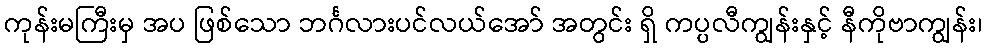
ကုန်းမကြီးမှ အပ ဖြစ်သော ဘင်္ဂလားပင်လယ်အော် အတွင်း ရှိ ကပ္ပလီကျွန်းနှင့် နီကိုဗာကျွန်း၊